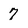
Character: 7